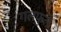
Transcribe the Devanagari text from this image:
गलफुले